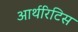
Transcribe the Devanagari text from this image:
आर्थरिटिस